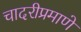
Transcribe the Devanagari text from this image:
चादरीप्रमाणे